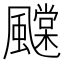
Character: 𩙆